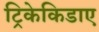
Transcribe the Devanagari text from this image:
ट्रिकेकिडाए